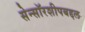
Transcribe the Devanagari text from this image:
सेन्सॉरशीपबद्दल